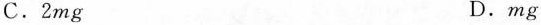
C. 2mg D. mg